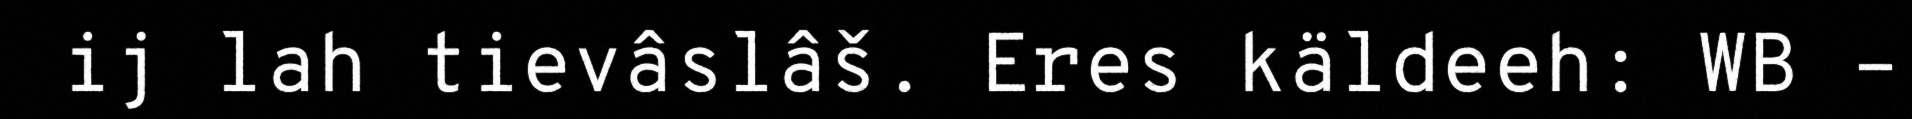
ij lah tievâslâš. Eres käldeeh: WB –